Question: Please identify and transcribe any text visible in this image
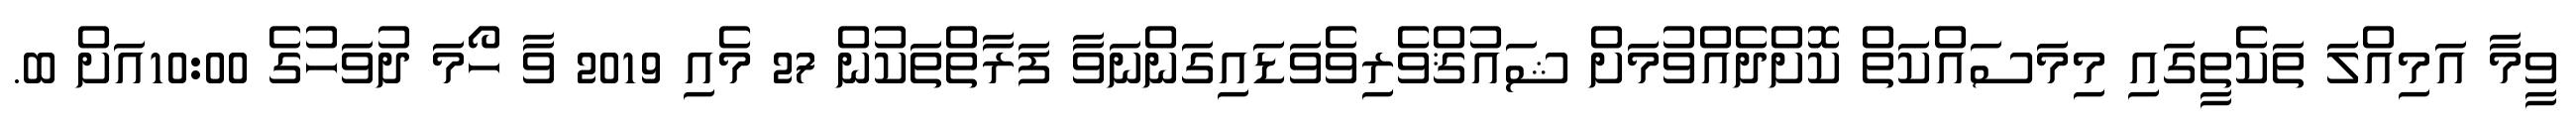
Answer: ވީމާ އަމިއްލަ ތަކެތީގައި މިމަސައްކަތް ކޮށްދެއްވުމަށް ޝައުޤްވެރިވެވަޑައިގަންނަވާ ފަރާތްތަކުން 27 މެއި 2019 ވާ ހޯމަ ދުވަހުގެ 10:00އަށް ބ.